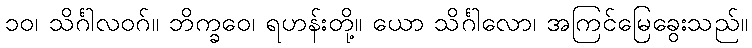
၁၀၊ သိင်္ဂါလဝဂ်။ ဘိက္ခဝေ၊ ရဟန်းတို့။ ယော သိင်္ဂါလော၊ အကြင်မြေခွေးသည်။